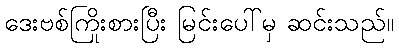
ဒေးဗစ်ကြိုးစားပြီး မြင်းပေါ်မှ ဆင်းသည်။